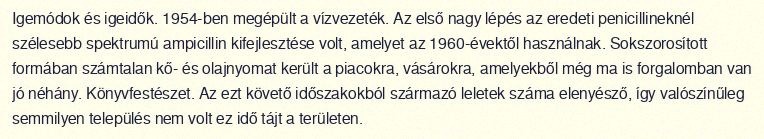
Igemódok és igeidők. 1954-ben megépült a vízvezeték. Az első nagy lépés az eredeti penicillineknél szélesebb spektrumú ampicillin kifejlesztése volt, amelyet az 1960-évektől használnak. Sokszorosított formában számtalan kő- és olajnyomat került a piacokra, vásárokra, amelyekből még ma is forgalomban van jó néhány. Könyvfestészet. Az ezt követő időszakokból származó leletek száma elenyésző, így valószínűleg semmilyen település nem volt ez idő tájt a területen.